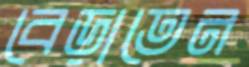
বেড়াতেন